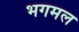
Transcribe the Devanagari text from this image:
भगमल